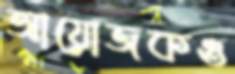
আয়োজকও